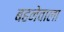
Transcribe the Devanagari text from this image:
बहनेवाला